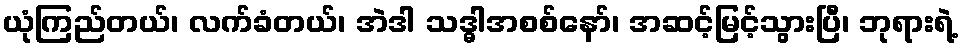
ယုံကြည်တယ်၊ လက်ခံတယ်၊ အဲဒါ သဒ္ဓါအစစ်နော်၊ အဆင့်မြင့်သွားပြီ၊ ဘုရားရဲ့